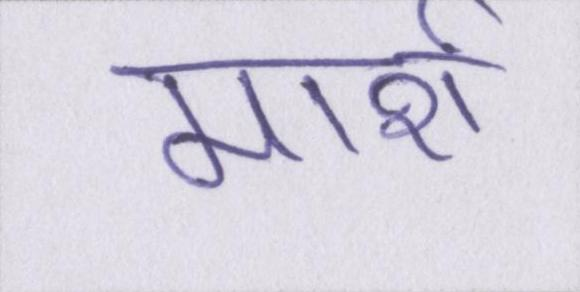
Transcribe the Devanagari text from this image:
मार्श